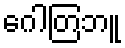
ဂေါတြဘူ